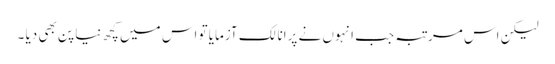
لیکن اس مرتبہ جب انہوں نے پرانا لک آزمایا تو اس میں کچھ نیا پن بھی دیا ۔